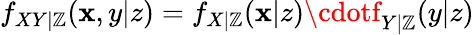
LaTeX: f_{XY|\mathbb{Z}}(\mathbf{x},y|z)=f_{X|\mathbb{Z}}(\mathbf{x}|z)\cdotf_{Y|\mathbb{Z}}(y|z)